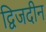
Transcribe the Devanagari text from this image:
द्विजदीन